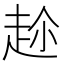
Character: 𮚶